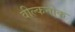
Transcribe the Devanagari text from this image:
वील्कनोक